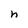
Character: n